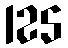
125